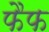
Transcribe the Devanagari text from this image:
फैफ